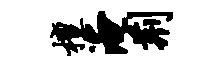
檀淹荆